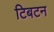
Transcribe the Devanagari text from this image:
टिबटन